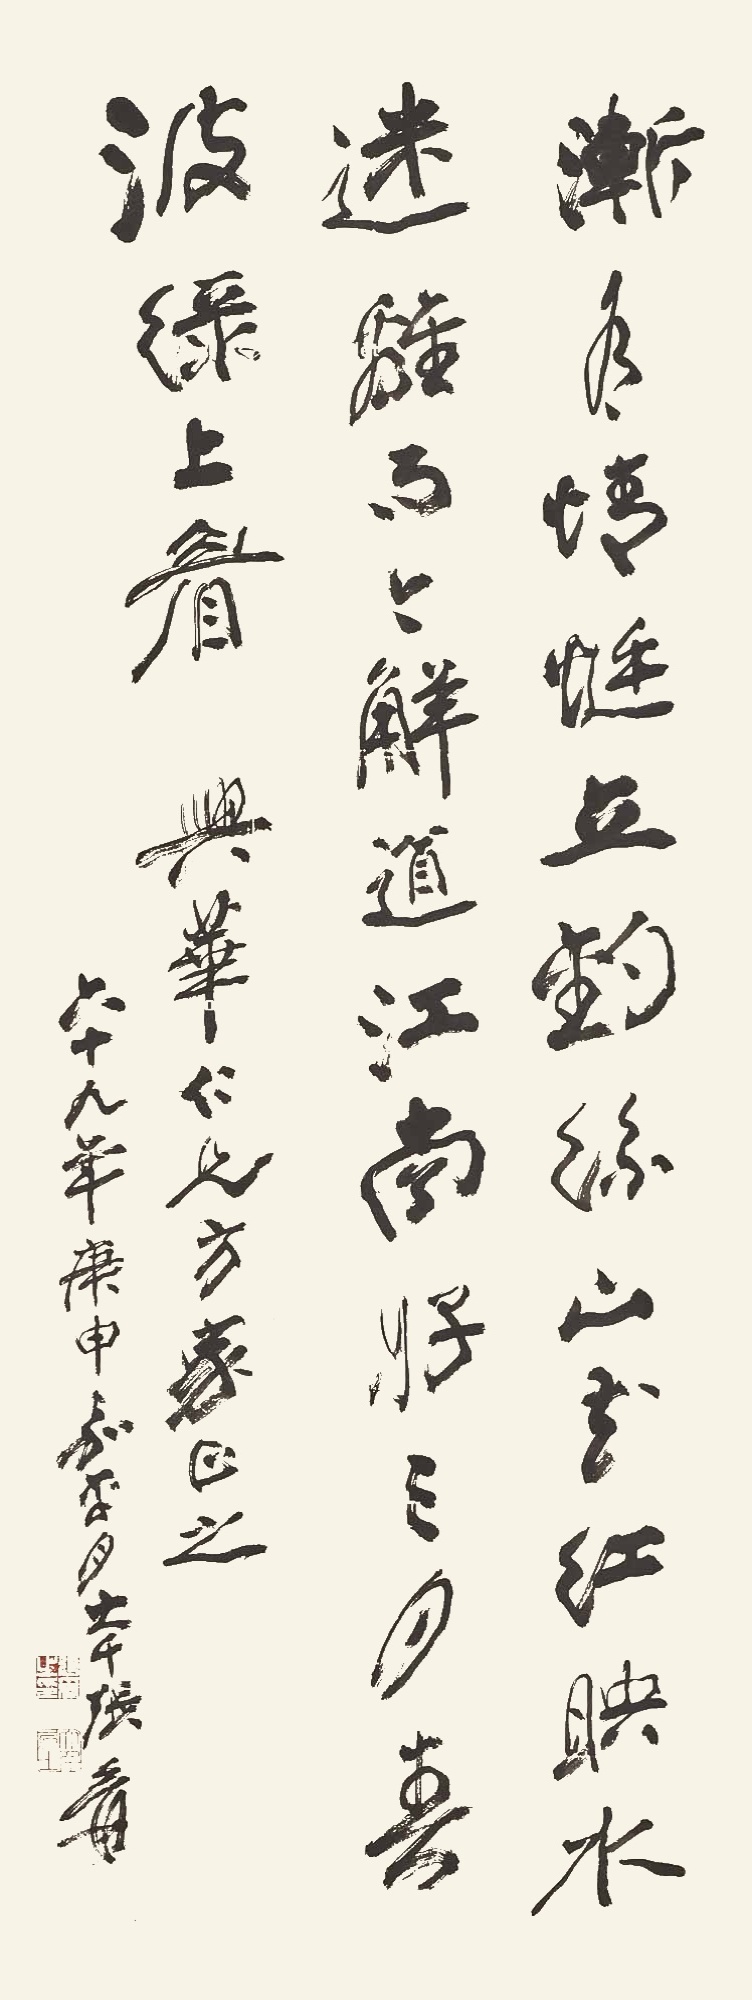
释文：渐有蜻蜓立钓丝，山花红映水迷离。而今解道江南好，三月春波绿上眉。兴华仁兄方家正之。「六十九年」(1980)庚申嘉平月。大千张爰。